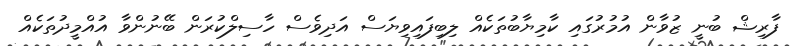
ފާރިޝް ބުނީ ޒުވާން އުމުރުގައި ކާމިޔާބުތަކެއް ލިބިފައިވިޔަސް އަދިވެސް ހާސިލްކުރަން ބޭނުންވާ އުއްމީދުތަކެއް